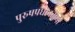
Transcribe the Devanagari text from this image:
पुरुषप्रधानतेच्या